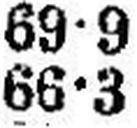
66•3